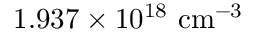
1 . 9 3 7 \times 1 0 ^ { 1 8 } \ \mathrm { c m ^ { - 3 } }